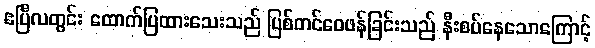
ဧပြီလတွင်း ထောက်ပြထားသေးသည် ပြစ်တင်ဝေဖန်ခြင်းသည် နီးစပ်နေသောကြောင့်